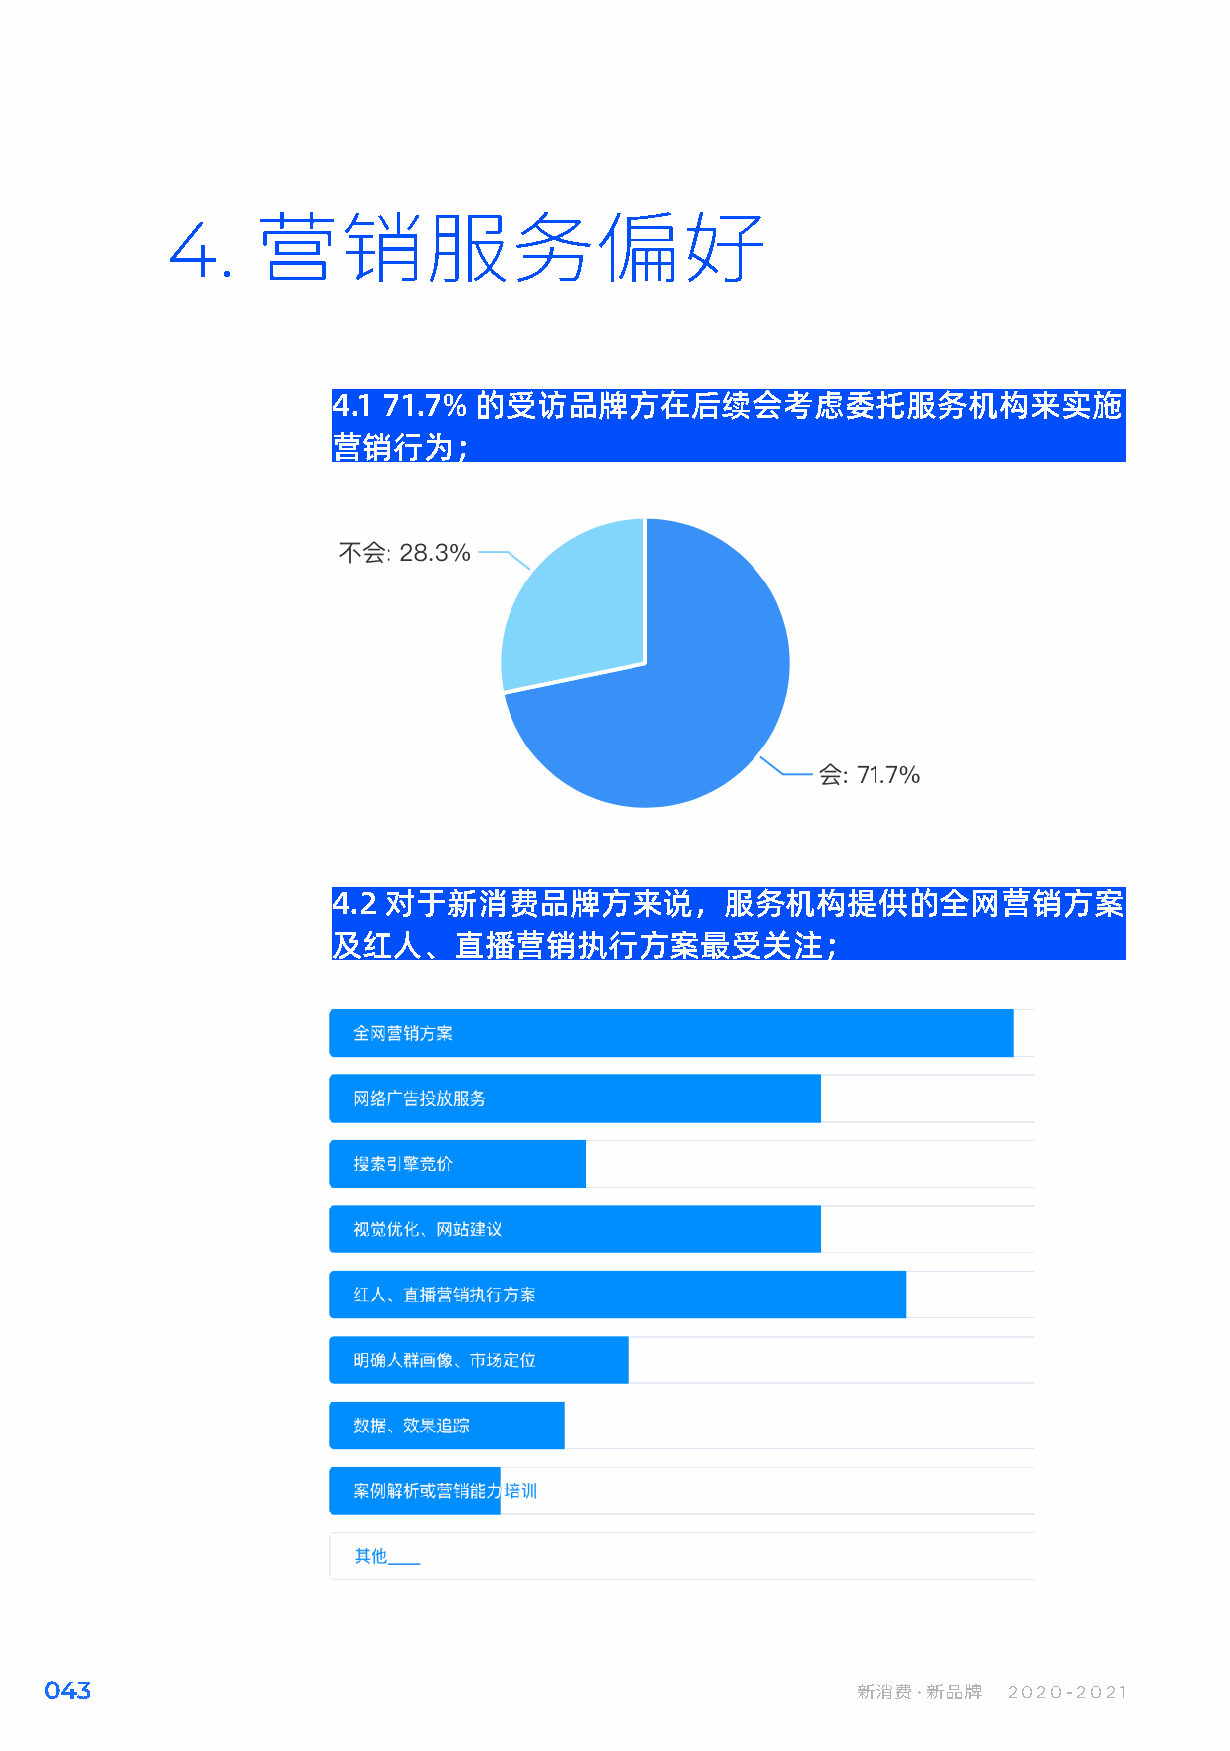
4.
 营销服务偏好
 4.1 71.7% 的受访品牌方在后续会考虑委托服务机构来实施
 营销行为；
 4.2 对于新消费品牌方来说，服务机构提供的全网营销方案
 及红人、直播营销执行方案最受关注；
 043                                                   新消费·新品牌   2020-2021